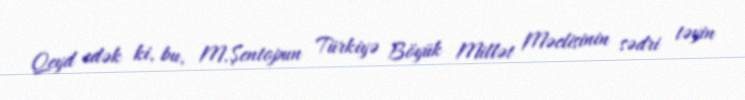
Qeyd edək ki, bu, M.Şentopun Türkiyə Böyük Millət Məclisinin sədri təyin